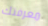
معرفتك